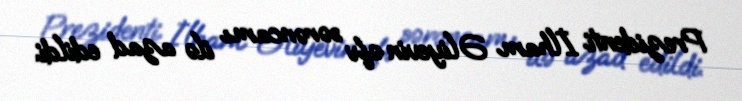
Prezidenti İlham Əliyevin əfv sərəncamı ilə azad edildi.